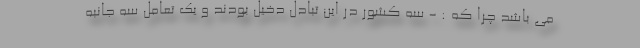
می باشد چرا که : - سه کشور در این تبادل دخیل بودند و یک تعامل سه جانبه